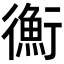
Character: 𢖍